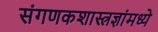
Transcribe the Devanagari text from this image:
संगणकशास्त्रज्ञांमध्ये